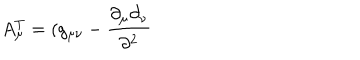
A _ { \mu } ^ { T } = ( g _ { \mu \nu } - \frac { \partial _ { \mu } \partial _ { \nu } } { \partial ^ { 2 } }